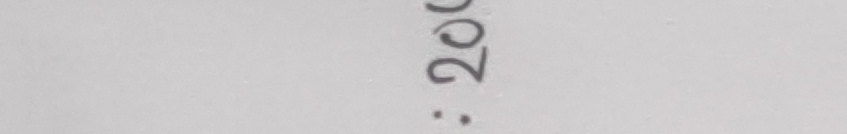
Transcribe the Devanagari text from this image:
२००: